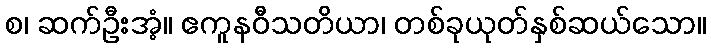
စ၊ ဆက်ဦးအံ့။ ဧကူနဝီသတိယာ၊ တစ်ခုယုတ်နှစ်ဆယ်သော။